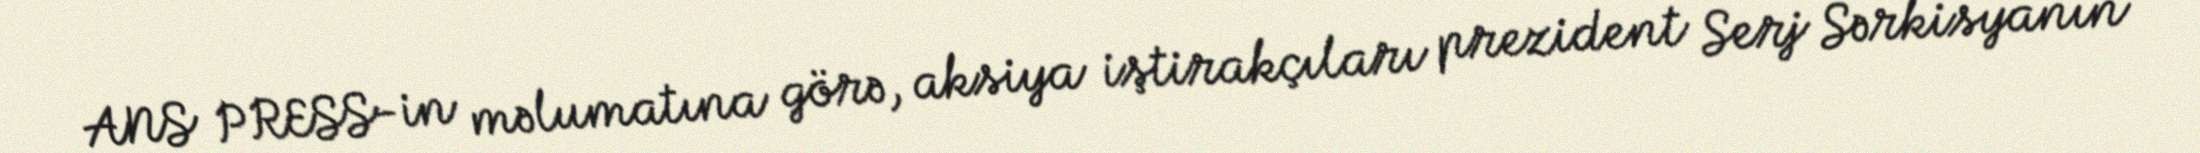
ANS PRESS-in məlumatına görə, aksiya iştirakçıları prezident Serj Sərkisyanın